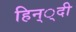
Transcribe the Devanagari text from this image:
हिन््दी